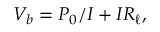
V _ { b } = P _ { 0 } / I + I R _ { \ell } ,